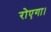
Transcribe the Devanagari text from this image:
रोएगा।